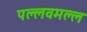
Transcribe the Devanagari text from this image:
पल्लवमल्ल